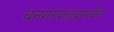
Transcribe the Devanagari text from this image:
धनगरपाडयापर्यंत